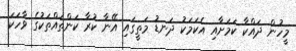
މީހުން ދައްކާ ކަމަށާއި އެކަމަކު ދަނޑު މަތީގައި އޭނާ ކުރާ ކަންތައްތަކުގެ ވާހަކަ